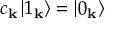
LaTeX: c _ { \mathbf { k } } \left| 1 _ { \mathbf { k } } \right\rangle = \left| 0 _ { \mathbf { k } } \right\rangle